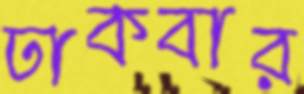
ঢাকবার